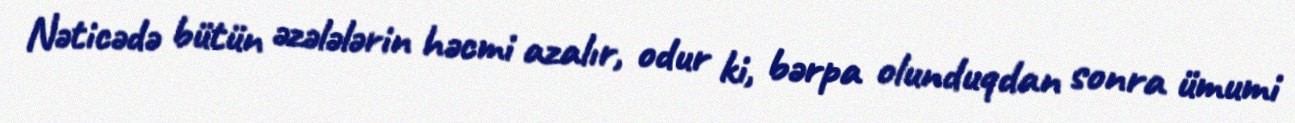
Nəticədə bütün əzələlərin həcmi azalır, odur ki, bərpa olunduqdan sonra ümumi